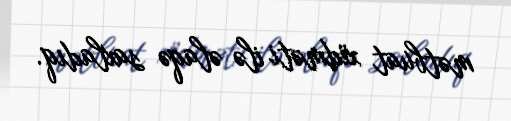
mətbuat xidməti ilə əlaqə saxladıq.